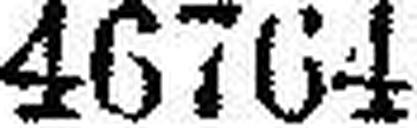
46764